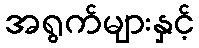
အရွက်များနှင့်